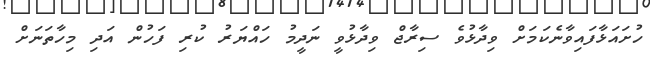
ހުށައަޅާފައިވާނެކަމަށް ވިދާޅުވެ ސިރާޖް ވިދާޅުވީ ނަދީމު ހައްޔަރު ކުރި ފަހުން އަދި މިހާތަނަށް